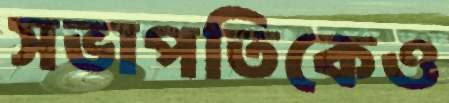
সভাপতিকেও